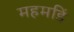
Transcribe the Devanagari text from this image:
महमडिं